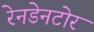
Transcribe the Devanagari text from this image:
रेनडेनटोर